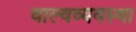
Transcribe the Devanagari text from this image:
वाल्वव्यवस्था